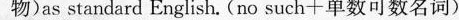
物)as standard English.(no such+单数可数名词)